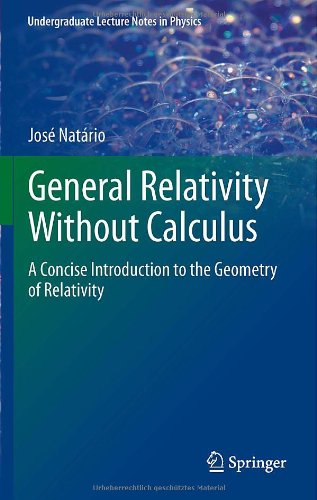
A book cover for General Relativity Without Calculus: A Concise Introduction to the Geometry of Relativity (Undergraduate Lecture Notes in Physics); Jose Natario; Science & Math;